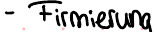
- Firmierung